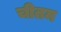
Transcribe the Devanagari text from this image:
चीतम